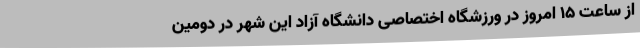
از ساعت 15 امروز در ورزشگاه اختصاصی دانشگاه آزاد این شهر در دومین